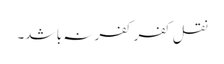
نقل کفر کفر نہ با شد۔